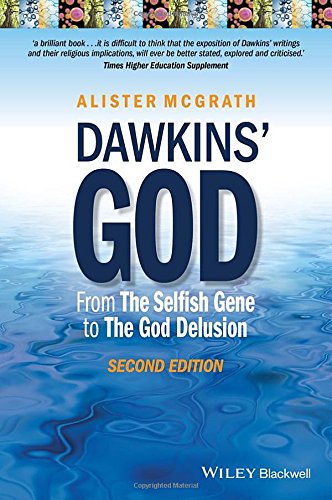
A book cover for Dawkins' God: From The Selfish Gene to The God Delusion; Alister E. McGrath; Religion & Spirituality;